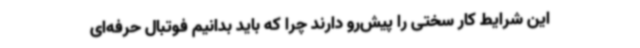
این شرایط کار سختی را پیش‌رو دارند چرا که باید بدانیم فوتبال حرفه‌ای